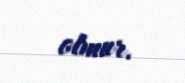
olmur.